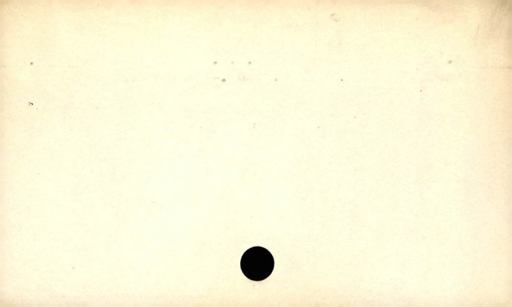
Label: blank